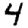
Digit: 4